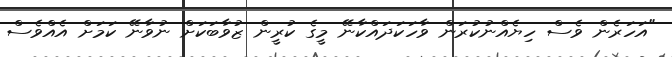
"އަހަރެން ވެސް ހިޔެއްނުކުރަން ވާހަކަދައްކާނޭ މީގެ ކުރީން ޒުވާބަކަށް ނުވާނޭ ކަމަށް އެއްވެސް